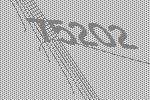
75202